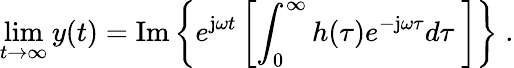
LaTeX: \operatorname*{lim}_{t\to\infty}y(t)=\mathrm{Im}\left\{ e^{\mathrm{j}\omega t}\left[\int_{0}^{\infty}h(\tau)e^{-\mathrm{j}\omega\tau}d\tau\ \right]\right\} \; .